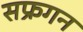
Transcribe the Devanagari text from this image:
सफ्रगन